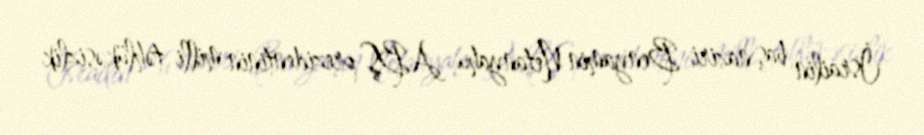
İsrailin baş naziri Benyamin Netanyahu ABŞ prezidentinin milli təhlükəsizlik